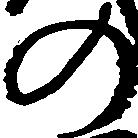
の